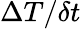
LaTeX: \Delta T/\delta t